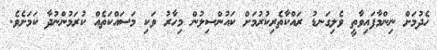
ހެދުމަށް ނިންމާފައިވާތީ ވެލިގަނޑު ރައްކާތެރިކުރުމަށް ކައުންސިލުން މިހާރު ވަކި މަސައްކަތެއް ކުރަމުންނުދާ ކަމަށެވެ.